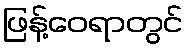
ဖြန့်ဝေရာတွင်